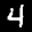
Label: 4